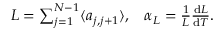
\begin{array} { r } { L = \sum _ { j = 1 } ^ { N - 1 } \langle a _ { j , j + 1 } \rangle , \; \; \; \alpha _ { L } = \frac { 1 } { L } \frac { \mathrm { d } L } { \mathrm { d } T } . } \end{array}